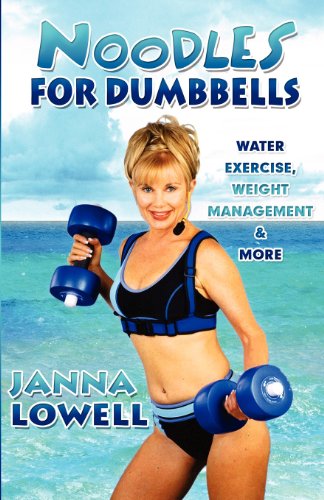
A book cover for Noodles for Dumbbells: Water Exercise, Weight Management & More; Janna Lowell; Health, Fitness & Dieting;